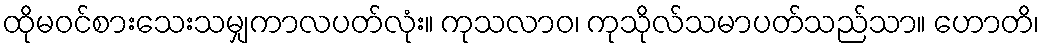
ထိုမဝင်စားသေးသမျှကာလပတ်လုံး။ ကုသလာဝ၊ ကုသိုလ်သမာပတ်သည်သာ။ ဟောတိ၊